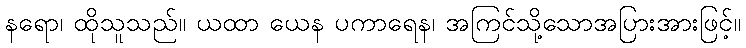
နရော၊ ထိုသူသည်။ ယထာ ယေန ပကာရေန၊ အကြင်သို့သောအပြားအားဖြင့်။